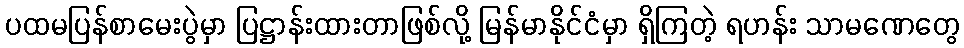
ပထမပြန်စာမေးပွဲမှာ ပြဋ္ဌာန်းထားတာဖြစ်လို့ မြန်မာနိုင်ငံမှာ ရှိကြတဲ့ ရဟန်း သာမဏေတွေ